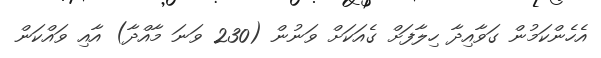
އެހެންކަމުން ގަވާއިދާ ހިލާފަށް ގެއަކަށް ވަނުން (230 ވަނަ މާއްދާ) އާއި ވައްކަން